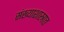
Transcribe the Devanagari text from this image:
संख्याशास्त्रात